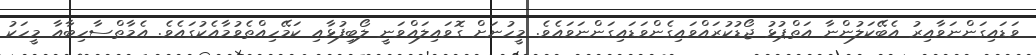
ވަޑައިގަންނަވާއިރު އެބޭކަލުންނާ އަތްޕުޅު ޖޯޑުކުރައްވައިގެންވަޑައިގަންނަވައެވެ. މީހުނަށް ގޮވައިލައްވަނީ ލޯބިފުޅާއި ކަމޭހިއްތެވުމާއެކުގައެވެ. އެމާތްސާހިބާއާ މީހަކު